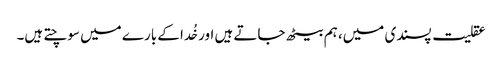
عقلیت پسندی میں، ہم بیٹھ جاتے ہیں اور خُدا کے بارے میں سوچتے ہیں۔